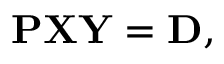
\begin{array} { r } { \mathbf { P X Y } = \mathbf { D } , } \end{array}